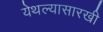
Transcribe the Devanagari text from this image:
येथल्यासारखी